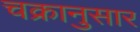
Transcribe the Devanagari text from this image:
चक्रानुसार